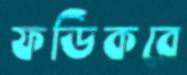
ফডিকরে